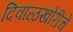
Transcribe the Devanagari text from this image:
दिवाळखोरीचे